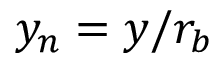
y _ { n } = y / r _ { b }